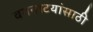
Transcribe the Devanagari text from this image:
वगनाटयांसाठी